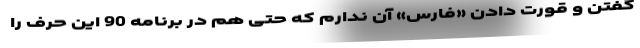
گفتن و قورت دادن «فارس» آن ندارم که حتی هم در برنامه 90 این حرف را